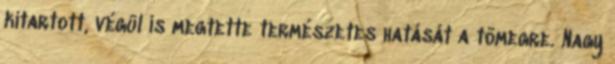
kitartott, végül is megtette természetes hatását a tömegre. Nagy